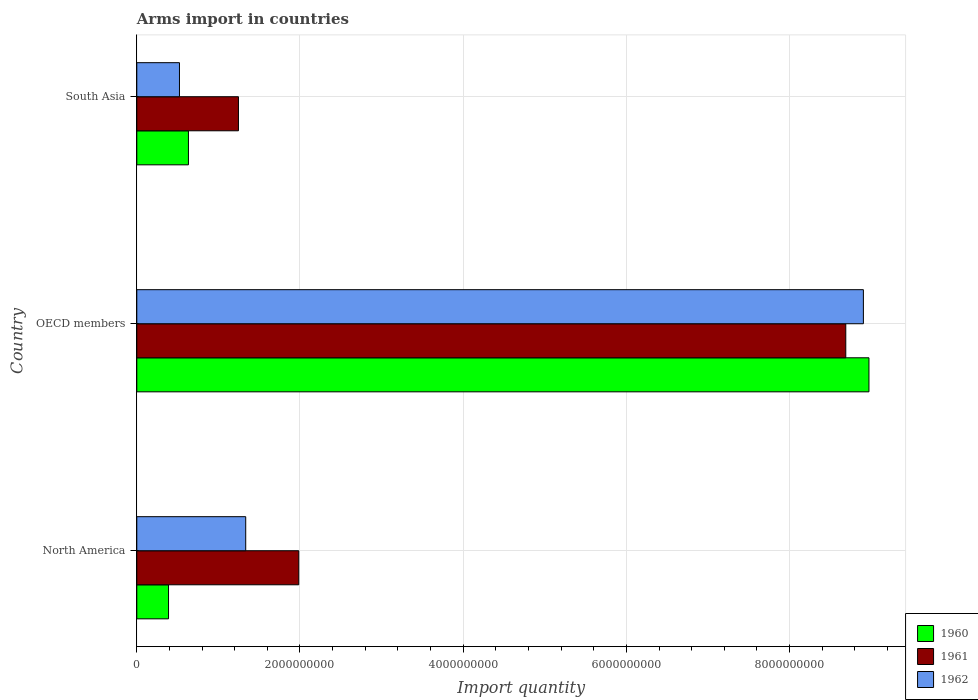
| Country | 1960 | 1961 | 1962 |
 | --- | --- | --- | --- |
 | North America | 3.89e+08 | 1.98e+09 | 1.34e+09 |
 | OECD members | 8.97e+09 | 8.69e+09 | 8.90e+09 |
 | South Asia | 6.33e+08 | 1.25e+09 | 5.23e+08 |